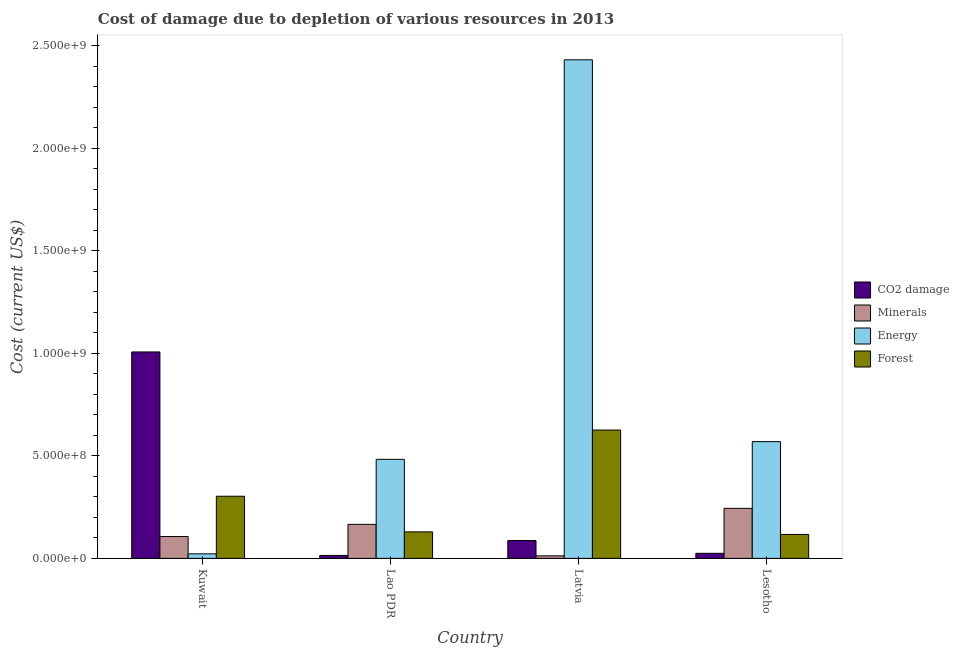
| Country | CO2 damage | Minerals | Energy | Forest |
 | --- | --- | --- | --- | --- |
 | Kuwait | 1.01e+09 | 1.07e+08 | 2.21e+07 | 3.03e+08 |
 | Lao PDR | 1.44e+07 | 1.66e+08 | 4.83e+08 | 1.29e+08 |
 | Latvia | 8.71e+07 | 1.24e+07 | 2.43e+09 | 6.26e+08 |
 | Lesotho | 2.47e+07 | 2.44e+08 | 5.7e+08 | 1.17e+08 |